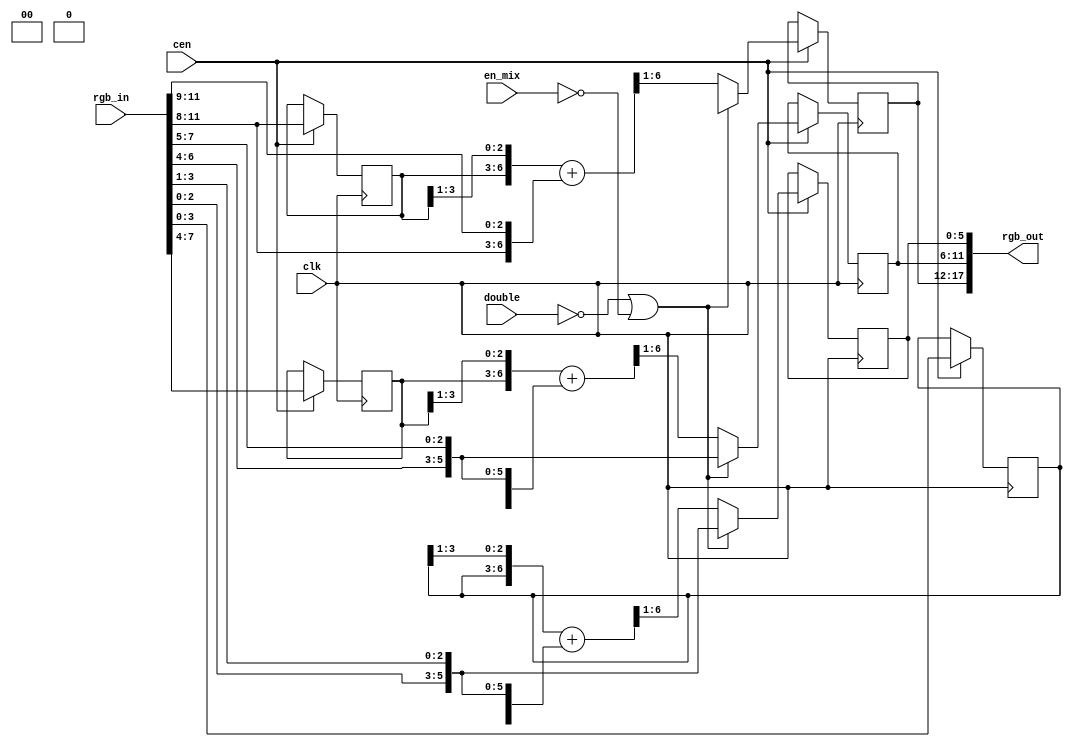
module jtframe_pxl #(parameter wi=4, wo=6)(
    input              clk,
    input              cen,
    input              double,
    input              en_mix,
    input   [3*wi-1:0] rgb_in,
    output  [3*wo-1:0] rgb_out
);

`ifdef SIMULATION
initial begin
    if( wo<wi ) begin
        $display("%m: output bit width must be larger or equal to input width");
    end
end
`endif

function [wo:0] ext; // extends by duplicating MSB
    input [wi-1:0] a;
    ext = { 1'b0, a, a[wi-1:wi-1-(wo-wi)] };
endfunction

reg [wi-1:0] last_r, last_g, last_b;
reg [wo-1:0] pxl_r, pxl_g, pxl_b;

assign rgb_out = { pxl_r, pxl_g, pxl_b };

wire [wo:0] mix_r = ext(last_r) + ext(rgb_in[3*wi-1:2*wi]);
wire [wo:0] mix_g = ext(last_g) + ext(rgb_in[2*wi-1:wi  ]);
wire [wo:0] mix_b = ext(last_b) + ext(rgb_in[  wi-1:0   ]);


always @(posedge clk) if(cen) begin
    {last_r, last_g, last_b} <= rgb_in;
    // pixel mixing
    if( !double || !en_mix ) begin
        pxl_r <= ext(rgb_in[3*wi-1:3*wi]);
        pxl_g <= ext(rgb_in[2*wi-1:  wi]);
        pxl_b <= ext(rgb_in[  wi-1:   0]);
    end
    else begin
        pxl_r <= mix_r[wo:1];
        pxl_g <= mix_g[wo:1];
        pxl_b <= mix_b[wo:1];
    end
end

endmodule